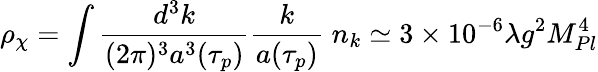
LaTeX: \rho_{\chi}=\int\frac{d^{3}k}{(2\pi)^{3}a^{3}(\tau_{p})}\frac{k}{a(\tau_{p})}\; n_{k}\simeq 3\times 10^{-6}\lambda g^{2}M_{Pl}^{4}